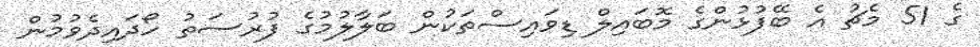
ގެ 51 މެޗު އެ ބޭފުޅުންގެ މޮބައިލް ޑިވައިސްތަކުން ބަލާލުމުގެ ފުރުސަތު ހޯދައިދެވުމުން